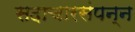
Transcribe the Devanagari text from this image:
सदाचारसंपन्न